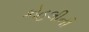
કોહલીની